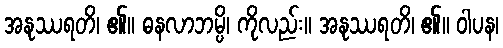
အနုဿရတိ၊ ၏။ ဓနလာဘမ္ပိ၊ ကိုလည်း။ အနုဿရတိ၊ ၏။ ဝါပန၊